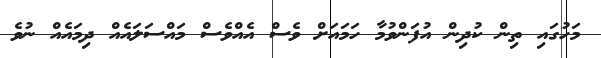
މަހުގައި ތިން ކުދިން އުފަންވުމާ ހަމައަށް ވެސް އެއްވެސް މައްސަލައެއް ދިމައެއް ނުވެ